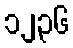
၁၂၃၆